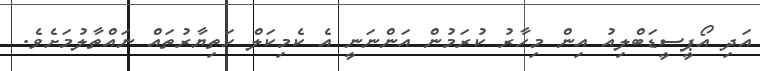
އަދި އޯޕީސީޑަބްލިއު އިން މިހާރު ކުރަމުން އަންނަނީ އެ ކެމިކަލް ހަތިޔާރުތައް ނައްތާލުމަށެވެ.